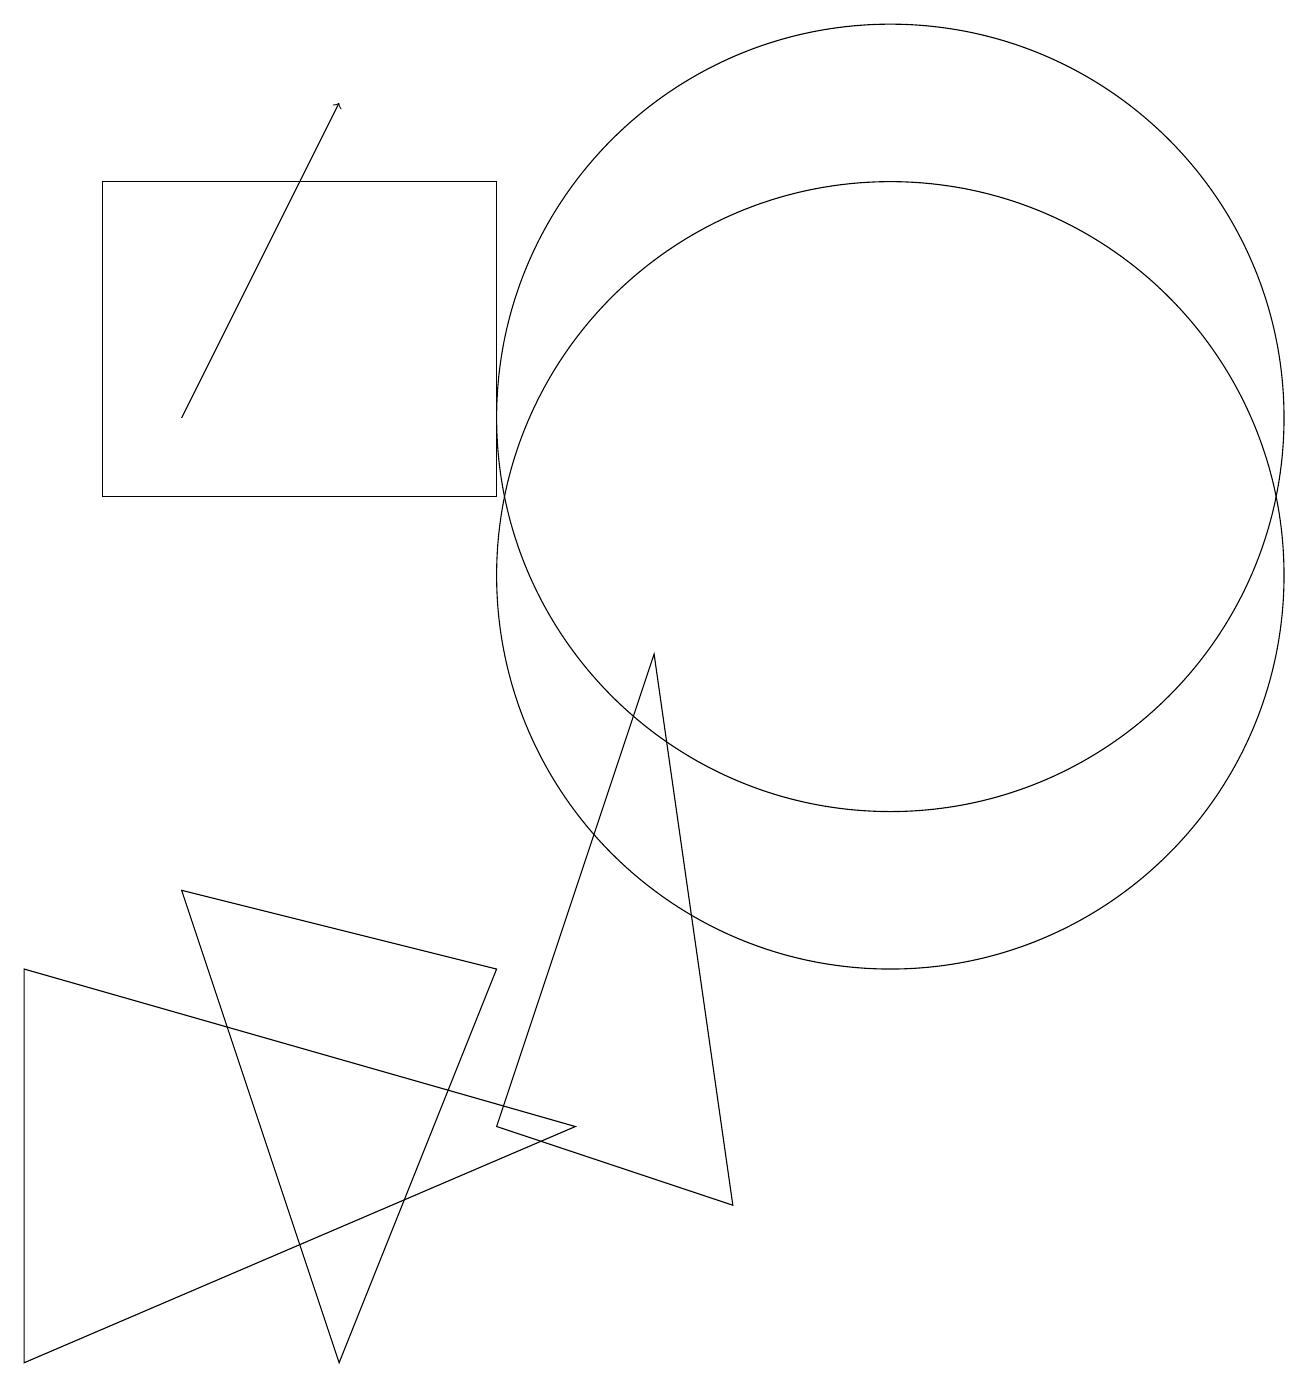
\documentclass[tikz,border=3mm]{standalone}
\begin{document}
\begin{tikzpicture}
\draw (4,0) -- (6,5) -- (2,6) -- cycle;
\draw (11,12) circle (5);
\draw (4,14) rectangle (4,14);
\draw (8,9) -- (9,2) -- (6,3) -- cycle;
\draw (11,10) circle (5);
\draw[->] (2,12) -- (4,16);
\draw (6,15) rectangle (1,11);
\draw (0,5) -- (0,0) -- (7,3) -- cycle;
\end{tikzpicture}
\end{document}